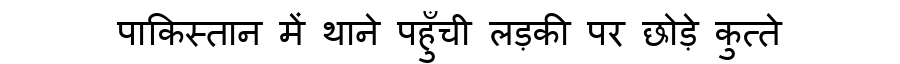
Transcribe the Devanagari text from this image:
पाकिस्तान में थाने पहुँची लड़की पर छोड़े कुत्ते